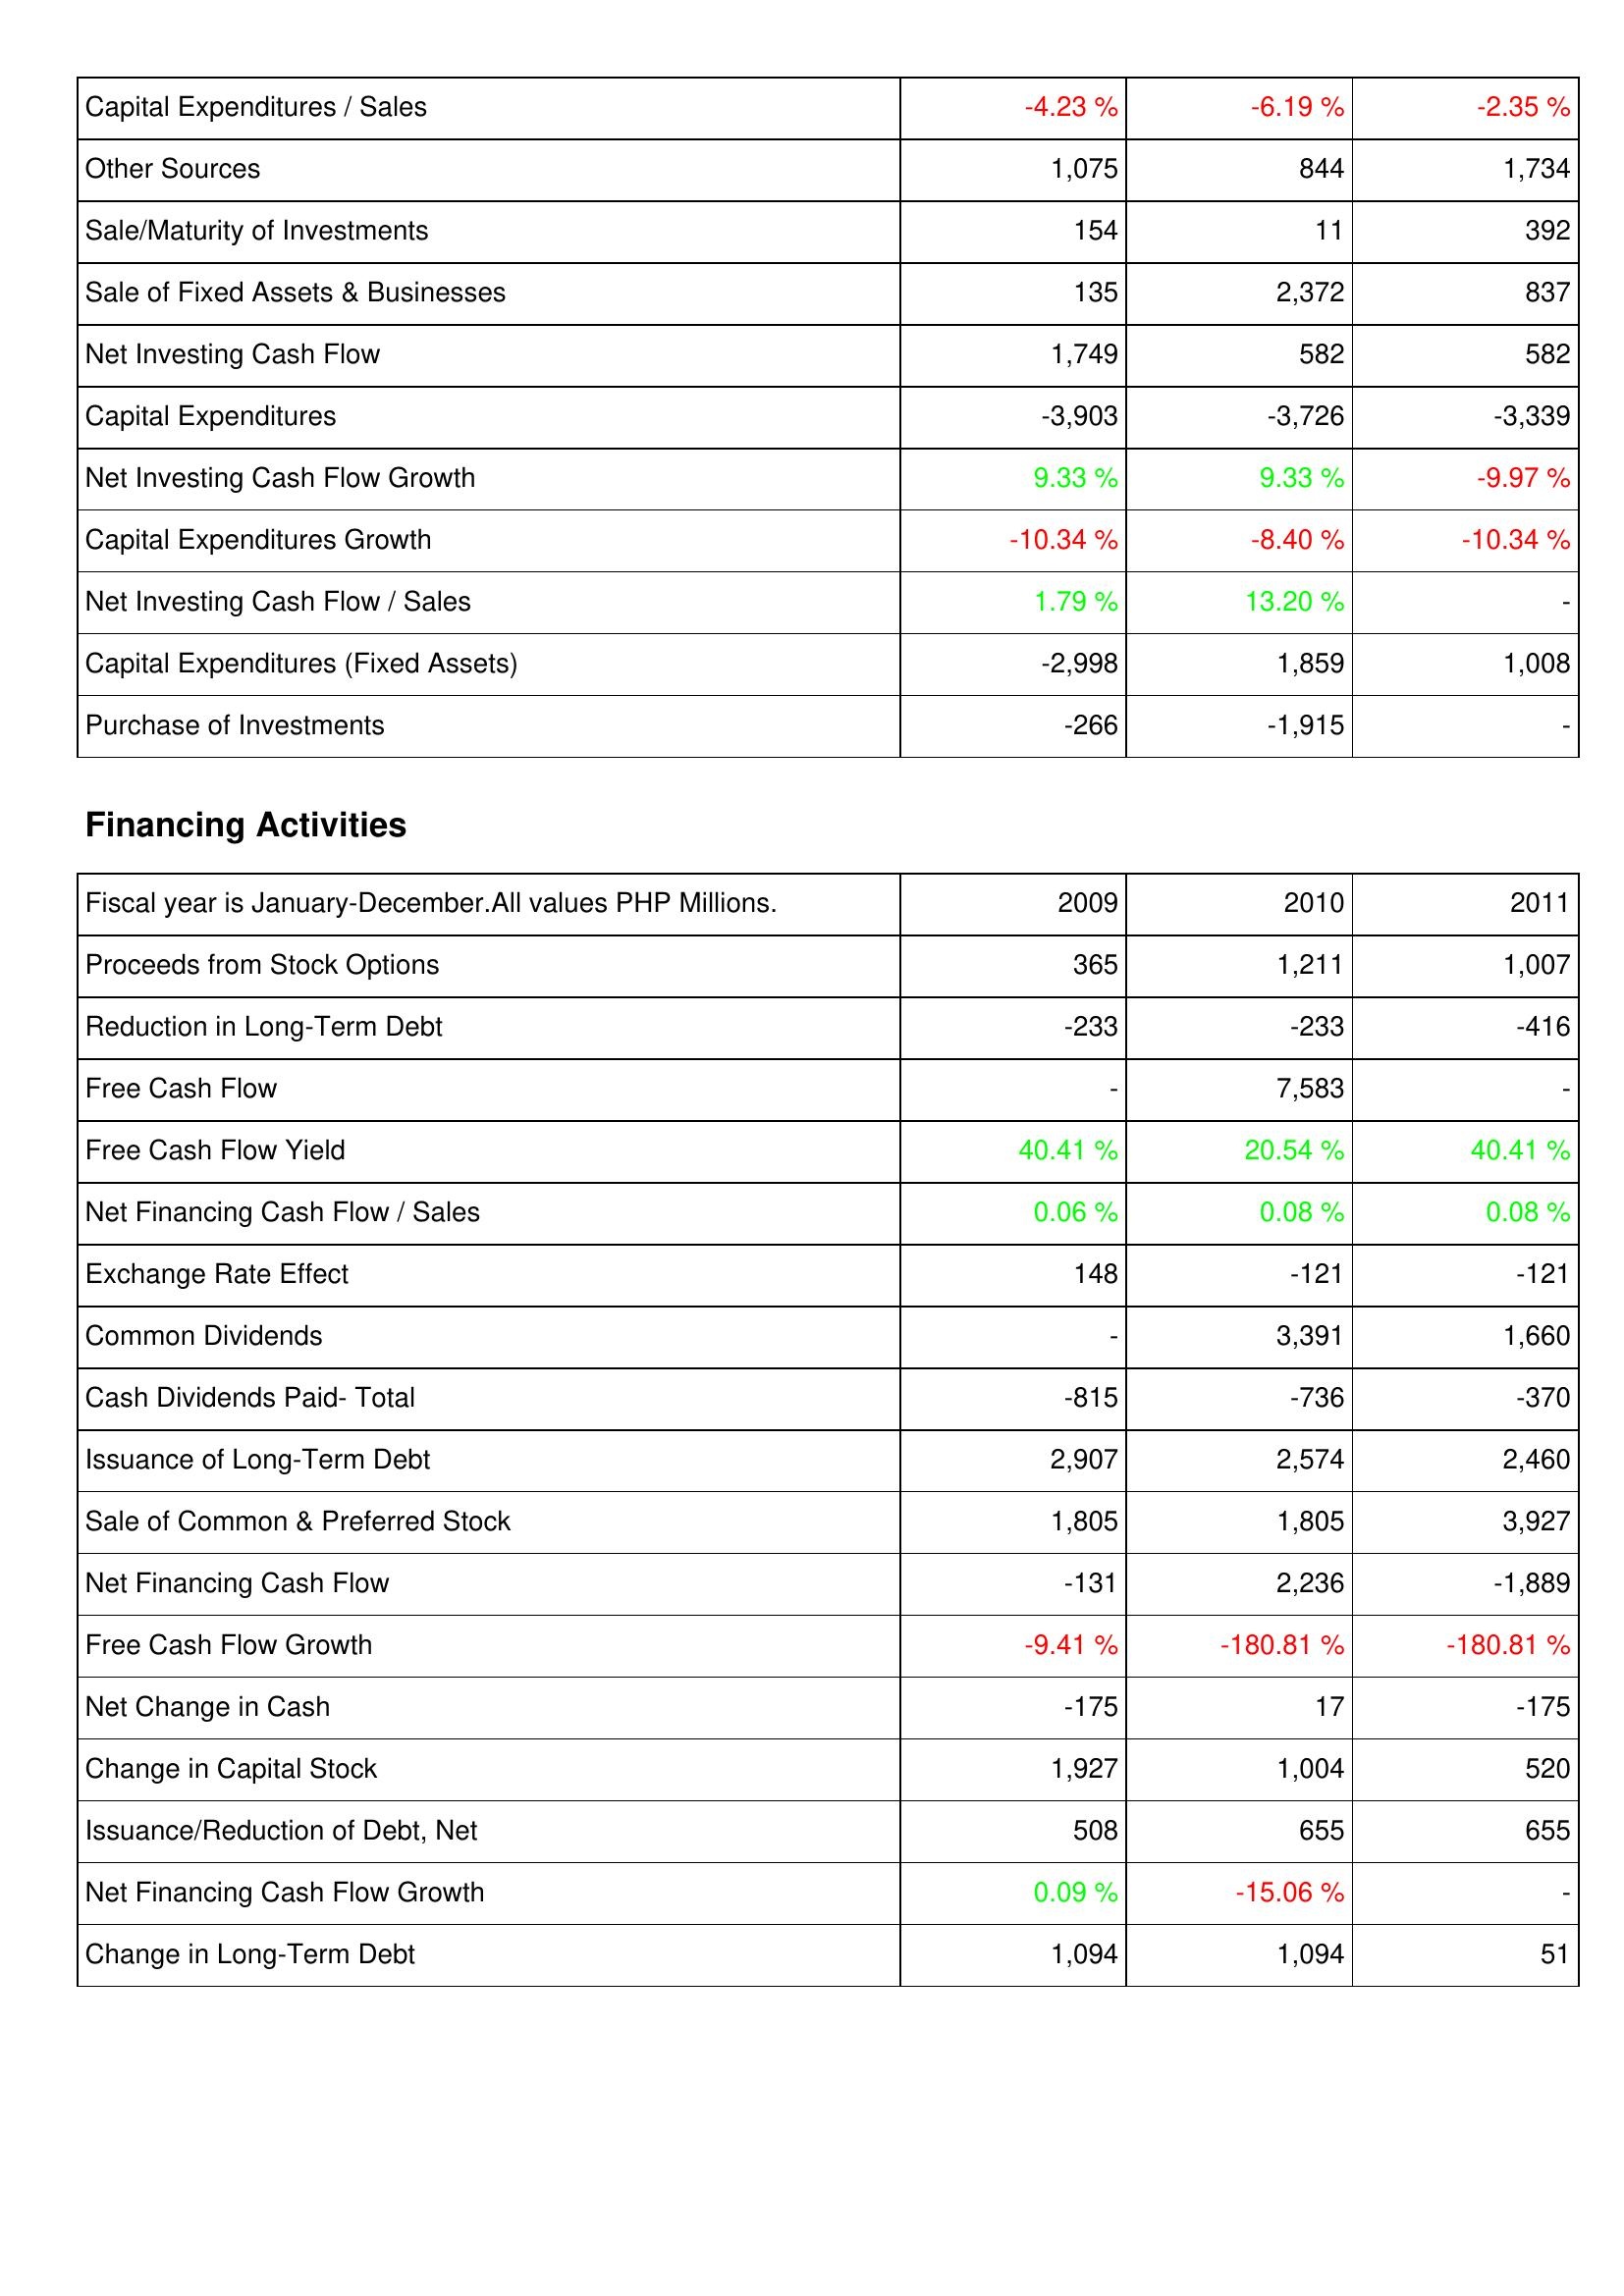
2009: Investing Activities: Capital Expenditures / Sales: -4.23 %
Other Sources: 1,075
Sale/Maturity of Investments: 154
Sale of Fixed Assets & Businesses: 135
Net Investing Cash Flow: 1,749
Capital Expenditures: -3,903
Net Investing Cash Flow Growth: 9.33 %
Capital Expenditures Growth: -10.34 %
Net Investing Cash Flow / Sales: 1.79 %
Capital Expenditures (Fixed Assets): -2,998
Purchase of Investments: -266
Financing Activities: Proceeds from Stock Options: 365
Reduction in Long-Term Debt: -233
Free Cash Flow: -
Free Cash Flow Yield: 40.41 %
Net Financing Cash Flow / Sales: 0.06 %
Exchange Rate Effect: 148
Common Dividends: -
Cash Dividends Paid- Total: -815
Issuance of Long-Term Debt: 2,907
Sale of Common & Preferred Stock: 1,805
Net Financing Cash Flow: -131
Free Cash Flow Growth: -9.41 %
Net Change in Cash: -175
Change in Capital Stock: 1,927
Issuance/Reduction of Debt, Net: 508
Net Financing Cash Flow Growth: 0.09 %
Change in Long-Term Debt: 1,094
2010: Investing Activities: Capital Expenditures / Sales: -6.19 %
Other Sources: 844
Sale/Maturity of Investments: 11
Sale of Fixed Assets & Businesses: 2,372
Net Investing Cash Flow: 582
Capital Expenditures: -3,726
Net Investing Cash Flow Growth: 9.33 %
Capital Expenditures Growth: -8.40 %
Net Investing Cash Flow / Sales: 13.20 %
Capital Expenditures (Fixed Assets): 1,859
Purchase of Investments: -1,915
Financing Activities: Proceeds from Stock Options: 1,211
Reduction in Long-Term Debt: -233
Free Cash Flow: 7,583
Free Cash Flow Yield: 20.54 %
Net Financing Cash Flow / Sales: 0.08 %
Exchange Rate Effect: -121
Common Dividends: 3,391
Cash Dividends Paid- Total: -736
Issuance of Long-Term Debt: 2,574
Sale of Common & Preferred Stock: 1,805
Net Financing Cash Flow: 2,236
Free Cash Flow Growth: -180.81 %
Net Change in Cash: 17
Change in Capital Stock: 1,004
Issuance/Reduction of Debt, Net: 655
Net Financing Cash Flow Growth: -15.06 %
Change in Long-Term Debt: 1,094
2011: Investing Activities: Capital Expenditures / Sales: -2.35 %
Other Sources: 1,734
Sale/Maturity of Investments: 392
Sale of Fixed Assets & Businesses: 837
Net Investing Cash Flow: 582
Capital Expenditures: -3,339
Net Investing Cash Flow Growth: -9.97 %
Capital Expenditures Growth: -10.34 %
Net Investing Cash Flow / Sales: -
Capital Expenditures (Fixed Assets): 1,008
Purchase of Investments: -
Financing Activities: Proceeds from Stock Options: 1,007
Reduction in Long-Term Debt: -416
Free Cash Flow: -
Free Cash Flow Yield: 40.41 %
Net Financing Cash Flow / Sales: 0.08 %
Exchange Rate Effect: -121
Common Dividends: 1,660
Cash Dividends Paid- Total: -370
Issuance of Long-Term Debt: 2,460
Sale of Common & Preferred Stock: 3,927
Net Financing Cash Flow: -1,889
Free Cash Flow Growth: -180.81 %
Net Change in Cash: -175
Change in Capital Stock: 520
Issuance/Reduction of Debt, Net: 655
Net Financing Cash Flow Growth: -
Change in Long-Term Debt: 51